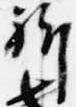
祈